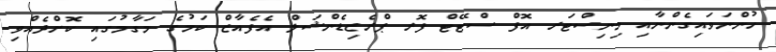
ހުންނަވައިގެންނާއި މިނިސްޓަރ އޮފް ސްޓޭޓް ފޮރ ޕްރެޒިޑެންޝަލް އެފެއާޒް ކަމުގެ މަގާމުގައި ކޮށްދެއްވި